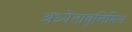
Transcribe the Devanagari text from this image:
अध्येतावृत्तिमिल